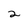
Character: 2